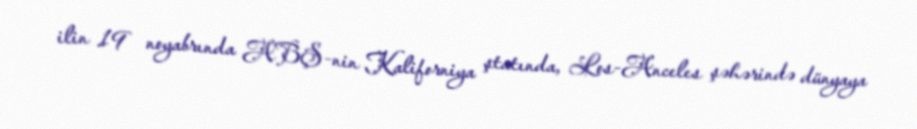
ilin 19 noyabrında ABŞ-nin Kaliforniya ştatında, Los-Anceles şəhərində dünyaya